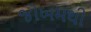
જોખમથી